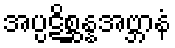
အပ္ပဋိစ္ဆန္နအဗ္ဘာနံ